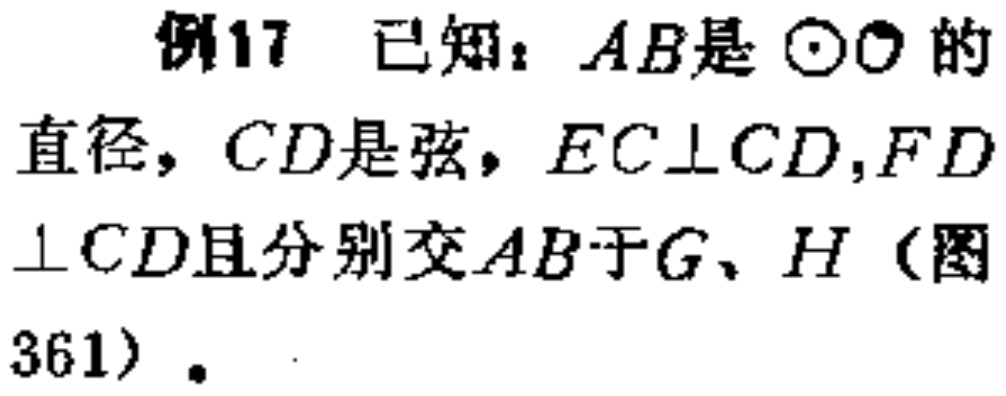
例17 已知：$AB$是$\odot O$的直径，$CD$是弦，$EC\perp CD$，$FD\perp CD$且分别交$AB$于$G$、$H$（图361）.